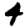
Digit: 4